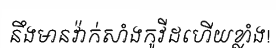
នឹងមានវ៉ាក់សាំងកូវីដហើយខ្លាំង!